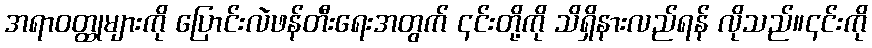
အရာဝတ္ထုများကို ပြောင်းလဲဖန်တီးရေးအတွက် ၎င်းတို့ကို သိရှိနားလည်ရန် လိုသည်။၎င်းကို